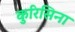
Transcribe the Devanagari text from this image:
कुरिसिना